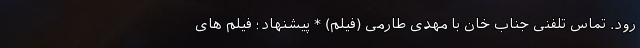
رود. تماس تلفنی جناب خان با مهدی طارمی (فیلم) * پیشنهاد؛ فیلم‌ های